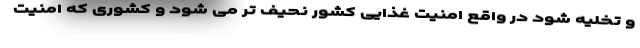
و تخلیه شود در واقع امنیت غذایی کشور نحیف تر می شود و کشوری که امنیت